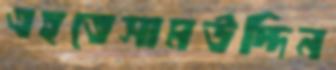
এহতেসামউদ্দিন